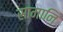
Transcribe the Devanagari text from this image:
सामानि